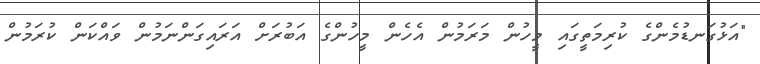
"އަޅުގަނޑުމެންގެ ކުރިމަތީގައި މީހުން މަރަމުން އެހެން މީހުންގެ އަބުރަށް އަރައިގަންނަމުން ވައްކަން ކުރަމުން